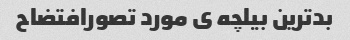
بدترین بیلچه ی مورد تصورافتضاح